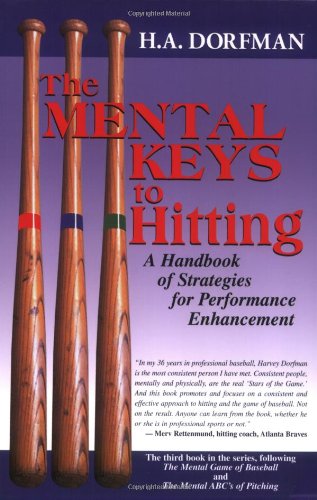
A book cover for The Mental Keys to Hitting: A Handbook of Strategies for Performance Enhancement; H.A. Dorfman; Reference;